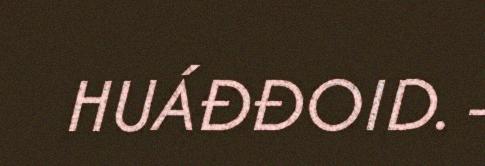
HUÁĐĐOID. -